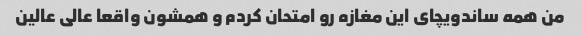
من همه ساندویچای این مغازه رو امتحان کردم و همشون واقعا عالی عالین